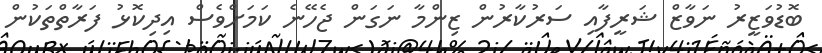
ބޮޑުވަޒީރު ނަވާޒް ޝަރީފާއި ސަރުކާރުން ޒިންމާ ނަގަން ޖެހޭނެ ކަމަށްވެސް އިދިކޮޅު ފަރާތްތަކުން